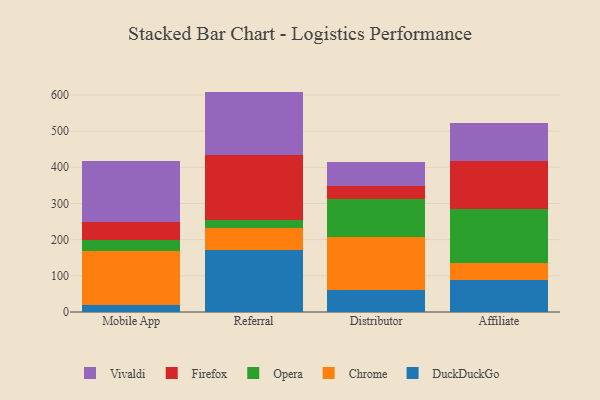
{"axis": {"x": "Channel", "y": "Population (Million)"}, "legend": ["Chrome", "DuckDuckGo", "Firefox", "Opera", "Vivaldi"], "data": [{"x": "Mobile App", "y": 19.5, "type": "DuckDuckGo"}, {"x": "Mobile App", "y": 148.8, "type": "Chrome"}, {"x": "Mobile App", "y": 31.5, "type": "Opera"}, {"x": "Mobile App", "y": 49.8, "type": "Firefox"}, {"x": "Mobile App", "y": 167.1, "type": "Vivaldi"}, {"x": "Referral", "y": 170.3, "type": "DuckDuckGo"}, {"x": "Referral", "y": 62.3, "type": "Chrome"}, {"x": "Referral", "y": 20.8, "type": "Opera"}, {"x": "Referral", "y": 179.9, "type": "Firefox"}, {"x": "Referral", "y": 175.9, "type": "Vivaldi"}, {"x": "Distributor", "y": 60.9, "type": "DuckDuckGo"}, {"x": "Distributor", "y": 145.7, "type": "Chrome"}, {"x": "Distributor", "y": 104.5, "type": "Opera"}, {"x": "Distributor", "y": 38.4, "type": "Firefox"}, {"x": "Distributor", "y": 65.7, "type": "Vivaldi"}, {"x": "Affiliate", "y": 89.1, "type": "DuckDuckGo"}, {"x": "Affiliate", "y": 45.6, "type": "Chrome"}, {"x": "Affiliate", "y": 149.2, "type": "Opera"}, {"x": "Affiliate", "y": 133.9, "type": "Firefox"}, {"x": "Affiliate", "y": 104.4, "type": "Vivaldi"}]}